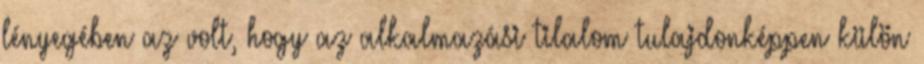
lényegében az volt, hogy az alkalmazási tilalom tulajdonképpen külön